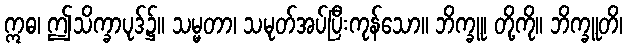
ဣဓ၊ ဤသိက္ခာပုဒ်၌။ သမ္မတာ၊ သမုတ်အပ်ပြီးကုန်သော။ ဘိက္ခူ၊ တို့ကို။ ဘိက္ခူတိ၊